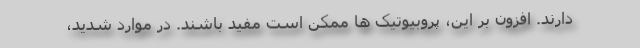
دارند. افزون بر این، پروبیوتیک ها ممکن است مفید باشند. در موارد شدید،